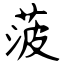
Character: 菠